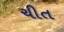
ચીત